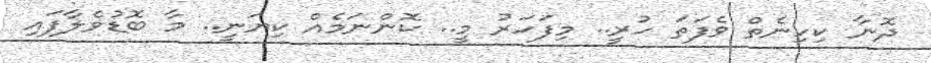
ދޮނާ ކިހިނެތް ވެފަތަ ހުރީ.. މިފަހަރު މީ.. ކޮންނަމެއް ކިޔަނީ.. މާ ބޮޑުވެލާފައި